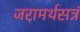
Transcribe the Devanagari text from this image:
जरामर्थसत्रं